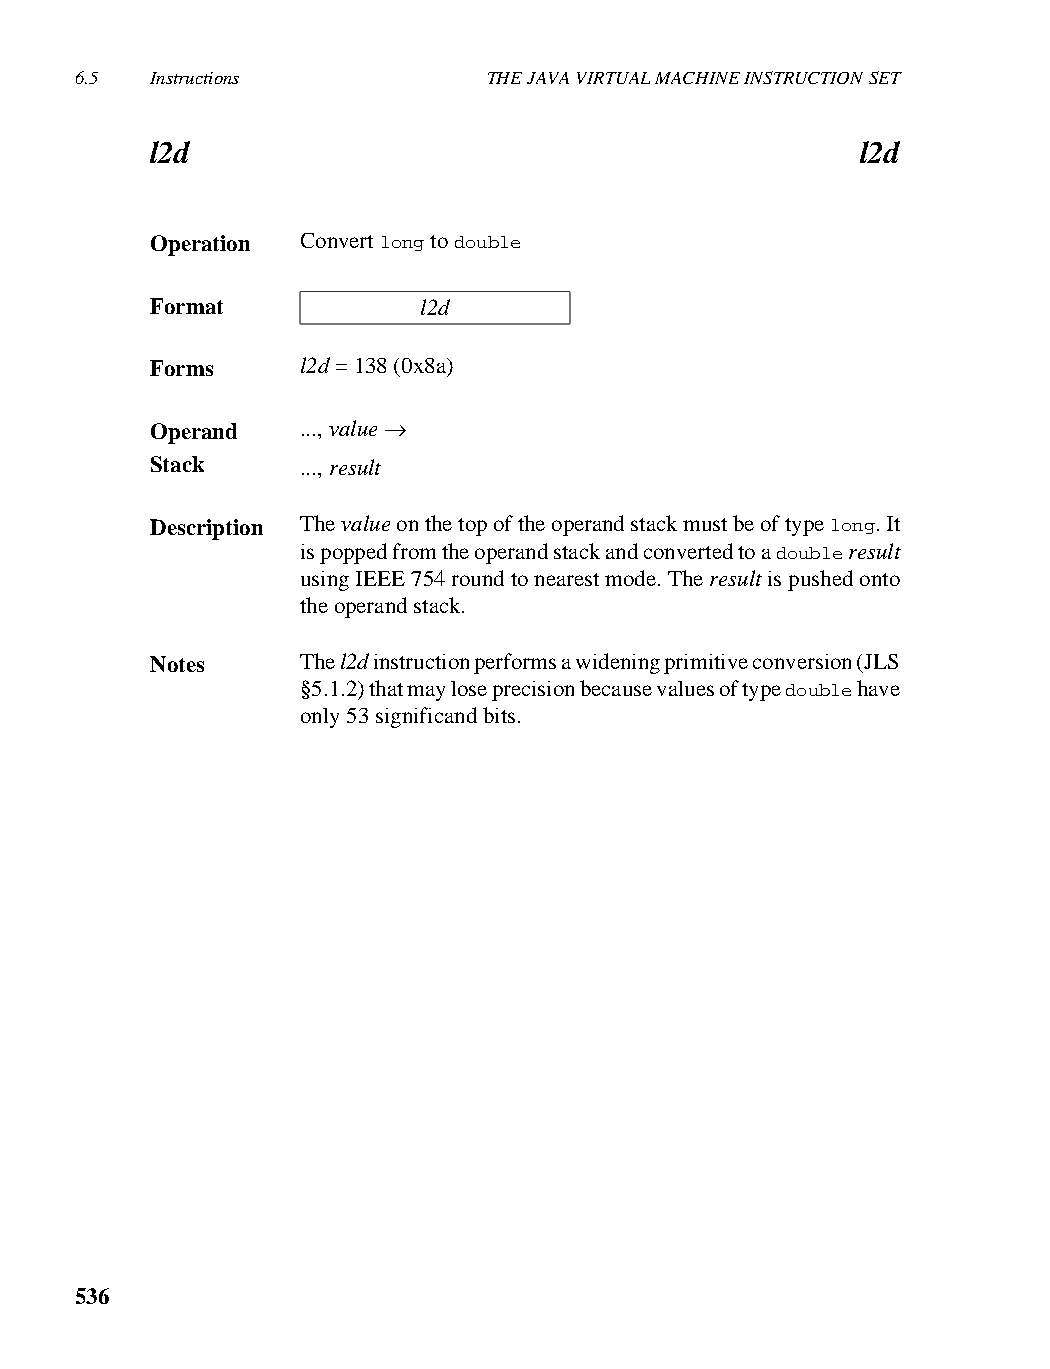
6.5  Instructions          THE JAVA VIRTUAL MACHINE INSTRUCTION SET
 l2d                                            l2d
 Operation Convert long to double
 Format            l2d
 Forms     l2d = 138 (0x8a)
 Operand   ..., value →
 Stack     ..., result
 Description The value on the top of the operand stack must be of type long. It
 is popped from the operand stack and converted to a double result
 using IEEE 754 round to nearest mode. The result is pushed onto
 the operand stack.
 Notes     The l2d instruction performs a widening primitive conversion (JLS
 §5.1.2) that may lose precision because values of type double have
 only 53 significand bits.
 536